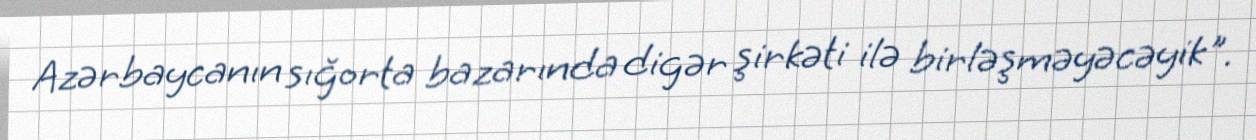
Azərbaycanın sığorta bazarında digər şirkəti ilə birləşməyəcəyik".